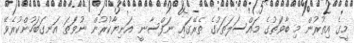
މީގެ އިތުރުން މި ބާވަތުގެ މައްސަލަތަކުގެ ތެރޭގައި ނަފްސާނީ އަނިޔާކުރުން ނުވަތަ އަނގަބަހުންކުރެވޭ